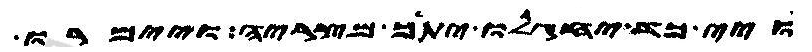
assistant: ויי כד יחגלו יתך מצריה ויימרו